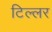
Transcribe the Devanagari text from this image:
टिल्लर